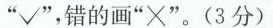
(3(1)2016~2018年，中国农村居民出境游人数的增长幅度明显高于城镇居民出境游人数的增长幅度，0”后和”80”后比较有条件走出国门石世界)中国民众出境游选择”生活体验慢慢慢”多是”90”后和”0材料三中，三幅图代表了中国民众出境游的三种主要类型。请结合材料二、三，预测在接下来的五年中，这三种类型中哪一种预测在中国民众出境游的主要趋势，并简述你的理(3分